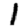
Digit: 1